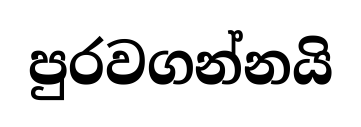
පුරවගන්නයි